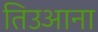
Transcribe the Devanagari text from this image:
तिउआना